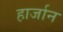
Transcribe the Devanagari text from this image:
हार्जान